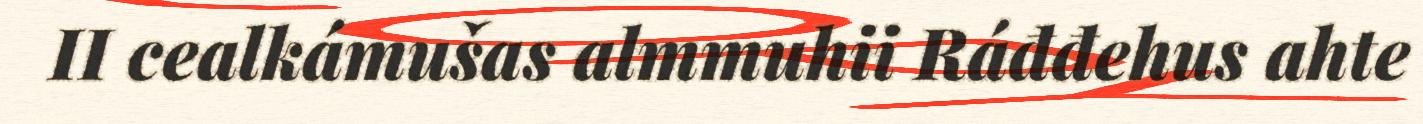
II cealkámušas almmuhii Ráđđehus ahte